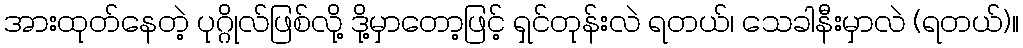
အားထုတ်နေတဲ့ ပုဂ္ဂိုလ်ဖြစ်လို့ ဒို့မှာတော့ဖြင့် ရှင်တုန်းလဲ ရတယ်၊ သေခါနီးမှာလဲ (ရတယ်)။